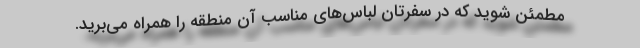
مطمئن شوید که در سفرتان لباس‌های مناسب آن منطقه را همراه می‌برید.